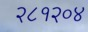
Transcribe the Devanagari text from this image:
२८१२०४